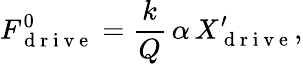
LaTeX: F_{\mathrm{~d~r~i~v~e~}}^{0}=\frac{k}{Q}\, \alpha\, X_{\mathrm{~d~r~i~v~e~}}^{\prime},